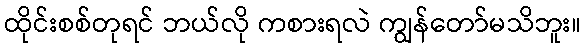
ထိုင်းစစ်တုရင် ဘယ်လို ကစားရလဲ ကျွန်တော်မသိဘူး။